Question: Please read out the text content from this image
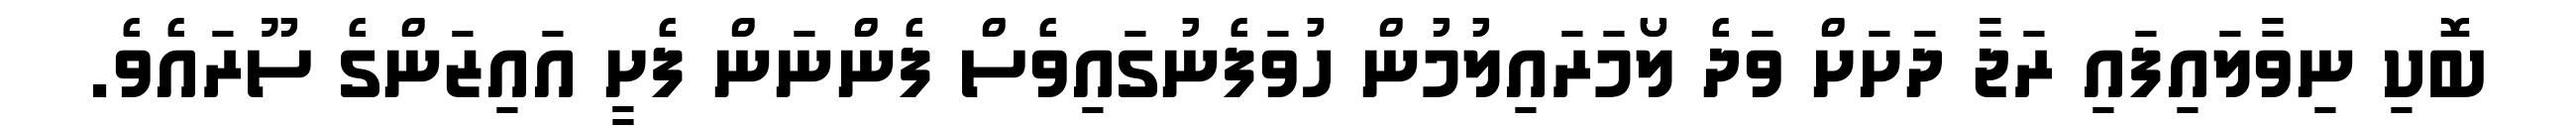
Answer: ބޮކި ނިވާލައިފައި ރަޖާ ދަށަށް ވަދެ ލޯމަރައިލުމުން ހުވަފެނުގައިވެސް ފެންނަން ފެށީ އައިޒަންގެ ސޫރައެވެ.